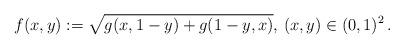
LaTeX: \begin{align*}f(x,y):=\sqrt{g(x,1-y)+g(1-y,x)},\,(x,y)\in(0,1)^2\,.\end{align*}